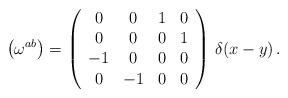
LaTeX: \begin{align*}\bigl(\omega^{ab}\bigr)=\left(\begin{array}{cccc}0&0&1&0\\0&0&0&1\\-1&0&0&0\\0&-1&0&0\\\end{array}\right)\,\delta(x-y)\,.\end{align*}